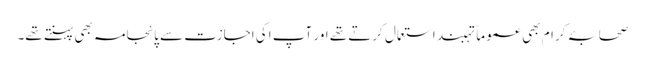
صحابۂ کرام بھی عموماً تہبند استعمال کرتے تھے اور آپ اکی اجازت سے پائجامہ بھی پہنتے تھے۔